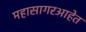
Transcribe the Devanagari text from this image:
महासागरआहेत